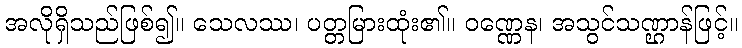
အလိုရှိသည်ဖြစ်၍။ သေလဿ၊ ပတ္တမြားထုံး၏။ ဝဏ္ဏေန၊ အသွင်သဏ္ဌာန်ဖြင့်။